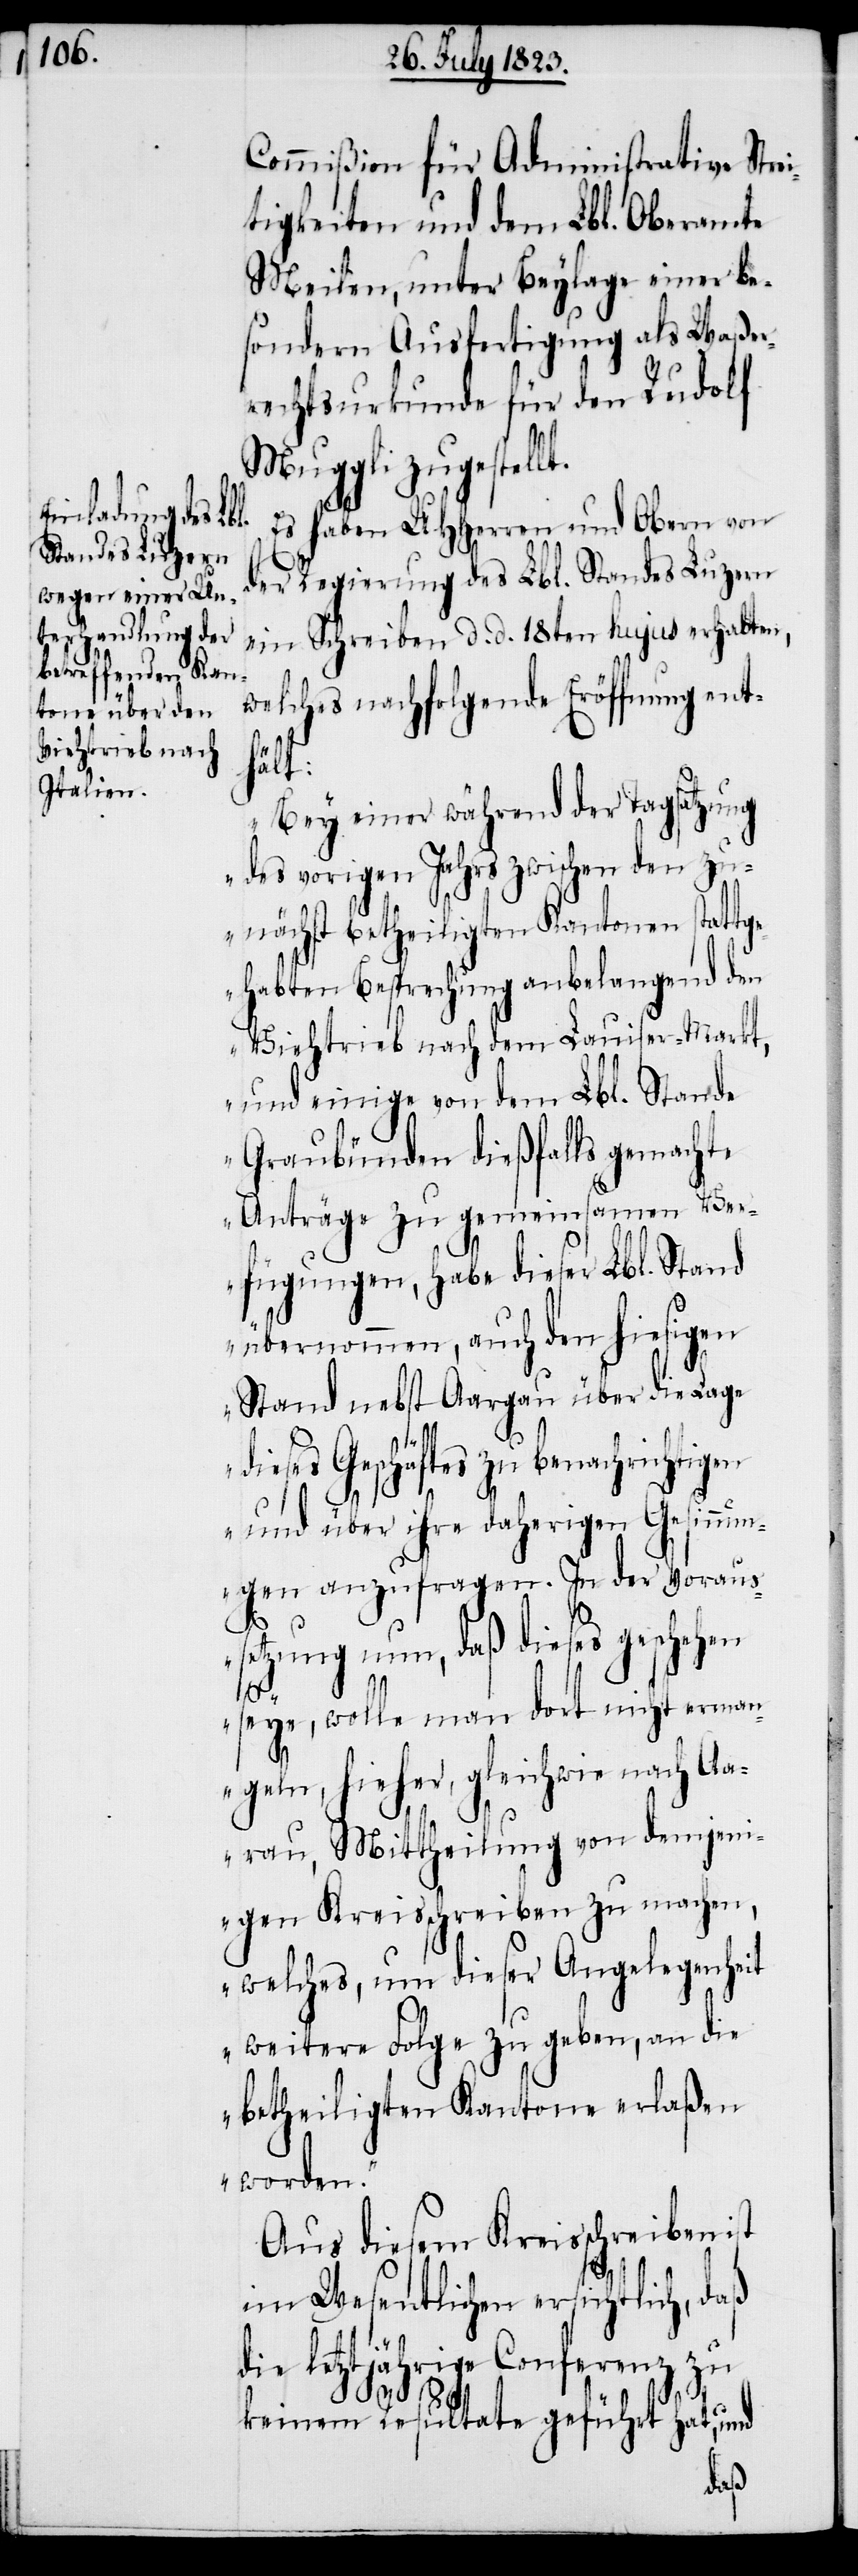
Commißion für Administrative Strei¬
tigkeiten und dem Lbl. Oberamte
Meilen, unter Beylage einer be¬
sondern Ausfertigung als Waßer¬
rechtsurkunde für den Rudolf
Muggli zugestel¬
Es haben UHHerren und Obern von
der Regierung des Lbl. Standes Luzern
ein Schreiben d. d. 18ten hujus erhalten,
welches nachfolgende Eröffnung ent¬
hält:
„Bey einer während der Tagsatzung
des vorigen Jahrs zwischen den zu¬
nächst betheiligten Kantonen stattg¬
ehabten Besprechung anbelangend den
Viehtrieb nach dem Lauiser-Markt,
und einige von dem Lbl. Stande
Graubünden dießfalls gemachte
Anträge zu gemeinsamen Ver¬
fügungen, habe dieser Lbl. Stand
übernommen, auch den hiesigen
Stand nebst Aargau über die Lage
dieses Geschäftes zu benachrichtigen
und über ihre daherigen Gesinnu¬
ngen anzufragen. In der Voraus¬
setzung nun, daß dieses geschehen
seye, wolle man dort nicht erman¬
geln, hieher, gleichwie nach Aa¬
rau, Mittheilung von demjeni¬
gen Kreisschreiben zu machen,
welches, um dieser Angelegenheit
weitere Folge zu geben, an die
betheiligten Kantone erlaßen
worden.“
Aus diesem Kreisschreiben ist
im Wesentlichen ersichtlich, daß
die letztjährige Conferenz zu
keinem Resultate geführt hat, und